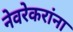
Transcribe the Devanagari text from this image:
नेवरेकरांना